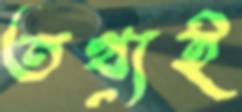
তথ্যই